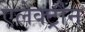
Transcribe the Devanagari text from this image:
एलेक्ट्रौन